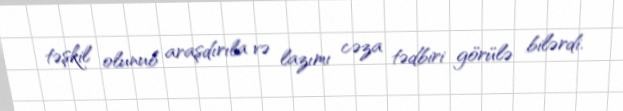
təşkil olunub araşdırıla və lazımı cəza tədbiri görülə bilərdi.